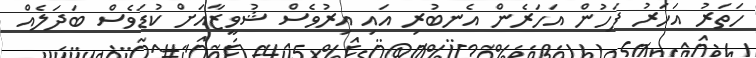
ހަތަރު އަހަރު ފަހުން އަހަރެން އެނބުރި އައި އިރުވެސް ޝުވީޒާއަށް ކުޑަވެސް ބަދަލެއް